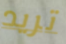
تريد